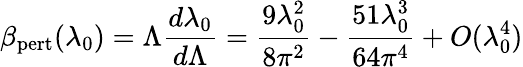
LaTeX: \beta_{\mathrm{pert}}(\lambda_{0})=\Lambda{\frac{d\lambda_{0}}{d\Lambda}}={\frac{9\lambda_{0}^{2}}{8\pi^{2}}}-{\frac{51\lambda_{0}^{3}}{64\pi^{4}}}+O(\lambda_{0}^{4})